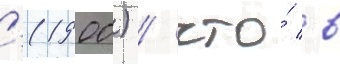
'(1900) / что́ в